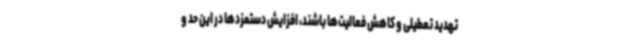
تهدید تعطیلی و کاهش فعالیت‌ها باشند، افزایش دستمزدها در این حد و